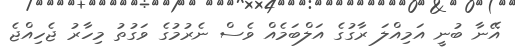
އޭނާ ބުނީ އަމިއްލަ ރާގުގެ އަލްބަމެއް ވެސް ނެރުމުގެ ވަގުތު މިހާރު ޖެހިއްޖެ